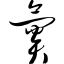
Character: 氮